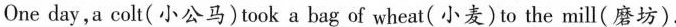
One day,a colt(小公马)took a bag of wheat(小麦)to the mill(磨坊).